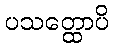
ပသတ္ထောပိ